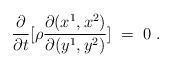
LaTeX: \begin{align*}\frac{\partial}{\partial t} [\rho \frac{\partial(x^1,x^2)}{\partial (y^1,y^2)}] \;=\; 0\;.\end{align*}